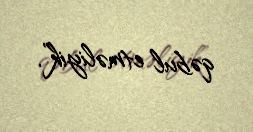
qəbul etməliyik”.